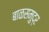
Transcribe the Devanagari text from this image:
बाळसमुद्र